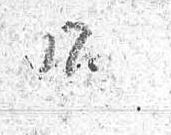
17